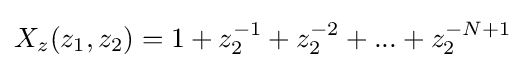
X_{z}(z_{1},z_{2})=1+z_{2}^{-1}+z_{2}^{-2}+...+z_{2}^{-N+1}